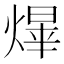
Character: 𤌰